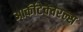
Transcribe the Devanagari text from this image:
आर्कीटेक्चरल्स